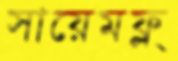
সায়েমফ্ল্